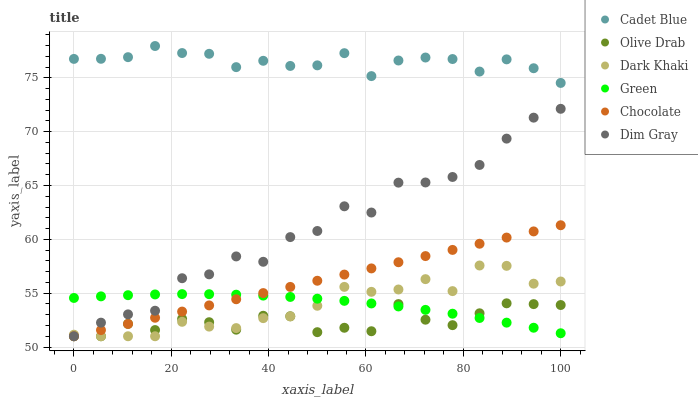
| xaxis_label | Cadet Blue | Olive Drab | Dark Khaki | Green | Chocolate | Dim Gray |
 | --- | --- | --- | --- | --- | --- | --- |
 | 0 | 76.8 | 51 | 51.1 | 54.6 | 51 | 51 |
 | 5.56 | 76.8 | 51 | 51 | 54.7 | 51.6 | 52.3 |
 | 11.1 | 76.9 | 52.1 | 51 | 54.8 | 52.1 | 53 |
 | 16.7 | 78 | 51.6 | 51 | 54.9 | 52.7 | 53.4 |
 | 22.2 | 77.3 | 52.6 | 52.3 | 54.9 | 53.3 | 56.4 |
 | 27.8 | 77.2 | 52.3 | 51.9 | 54.9 | 53.9 | 56.8 |
 | 33.3 | 76 | 51.6 | 51.8 | 54.9 | 54.4 | 58.4 |
 | 38.9 | 76.6 | 52.9 | 52.7 | 54.8 | 55 | 57.9 |
 | 44.4 | 76.1 | 52.9 | 52.8 | 54.7 | 55.6 | 60.2 |
 | 50 | 76.2 | 51.4 | 53.8 | 54.5 | 56.2 | 60.8 |
 | 55.6 | 77.3 | 51.8 | 55.6 | 54.3 | 56.7 | 63.1 |
 | 61.1 | 75.2 | 51.5 | 55.1 | 54 | 57.3 | 62.5 |
 | 66.7 | 76.6 | 54 | 55.3 | 53.8 | 57.9 | 65.3 |
 | 72.2 | 76.9 | 52.5 | 56.3 | 53.5 | 58.4 | 65.3 |
 | 77.8 | 76.7 | 52 | 55.2 | 53.1 | 59 | 65.8 |
 | 83.3 | 75.6 | 53.1 | 57.6 | 52.7 | 59.6 | 66.9 |
 | 88.9 | 76.7 | 54.1 | 57.5 | 52.3 | 60.2 | 69.4 |
 | 94.4 | 75.9 | 54 | 55.9 | 51.8 | 60.7 | 71.3 |
 | 100 | 74.5 | 53.9 | 56.1 | 51.3 | 61.3 | 72.1 |